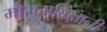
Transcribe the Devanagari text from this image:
मौसमविज्ञानी